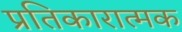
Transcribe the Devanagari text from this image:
प्रतिकारात्मक